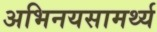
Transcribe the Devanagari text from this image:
अभिनयसामर्थ्य